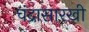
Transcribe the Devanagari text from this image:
चंद्रासारखी